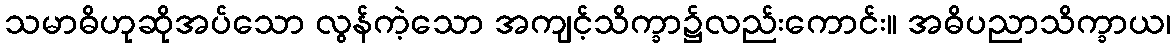
သမာဓိဟုဆိုအပ်သော လွန်ကဲ့သော အကျင့်သိက္ခာ၌လည်းကောင်း။ အဓိပညာသိက္ခာယ၊